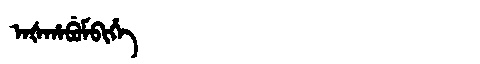
Manchu: ᠠᡧᡥᠠᠪᡠᠮᠪᡳᡥᡝ
Romanization: AŠHABUMBIHE